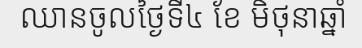
ឈានចូលថ្ងៃទី៤ ខែ មិថុនាឆ្នាំ